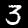
Digit: 3